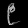
Digit: ၉